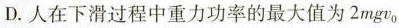
D.人在下滑过程中重力功率的最大值为2mgv_{0}